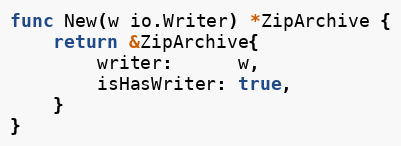
Language: Go
func New(w io.Writer) *ZipArchive {
	return &ZipArchive{
		writer:      w,
		isHasWriter: true,
	}
}